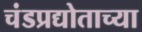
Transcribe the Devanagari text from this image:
चंडप्रद्योताच्या